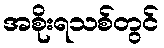
အစိုးရသစ်တွင်